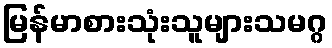
မြန်မာစားသုံးသူများသမဂ္ဂ